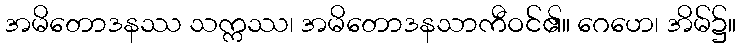
အမိတောဒနဿ သက္ကဿ၊ အမိတောဒနသာကီဝင်၏။ ဂေဟေ၊ အိမ်၌။